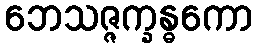
ဘေသဇ္ဇက္ခန္ဓကော